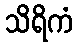
သိရိကံ